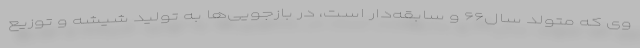
وی که متولد سال۶۶ و سابقه‌دار است، در بازجویی‌ها به تولید شیشه و توزیع